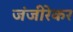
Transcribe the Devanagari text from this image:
जंजीरेकर